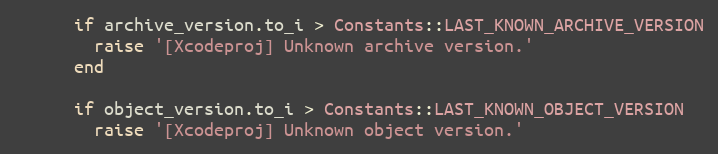
Language: Ruby
      if archive_version.to_i > Constants::LAST_KNOWN_ARCHIVE_VERSION
        raise '[Xcodeproj] Unknown archive version.'
      end

      if object_version.to_i > Constants::LAST_KNOWN_OBJECT_VERSION
        raise '[Xcodeproj] Unknown object version.'